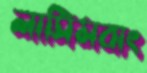
লাসিমবাং